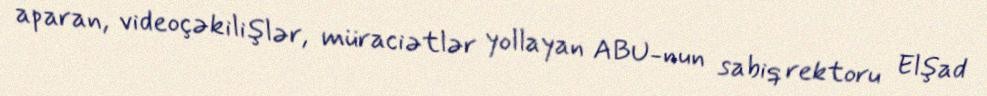
aparan, videoçəkilişlər, müraciətlər yollayan ABU-nun sabiq rektoru Elşad